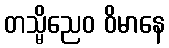
တသ္မိညေဝ ဝိမာနေ